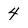
Character: 4